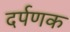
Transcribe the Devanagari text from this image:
दर्पणक